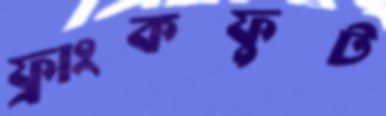
ফ্রাংকফুট